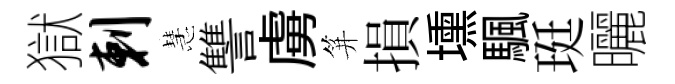
獄剌慧讐虜笄損壎颿珽曬